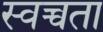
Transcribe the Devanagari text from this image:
स्वच्चता